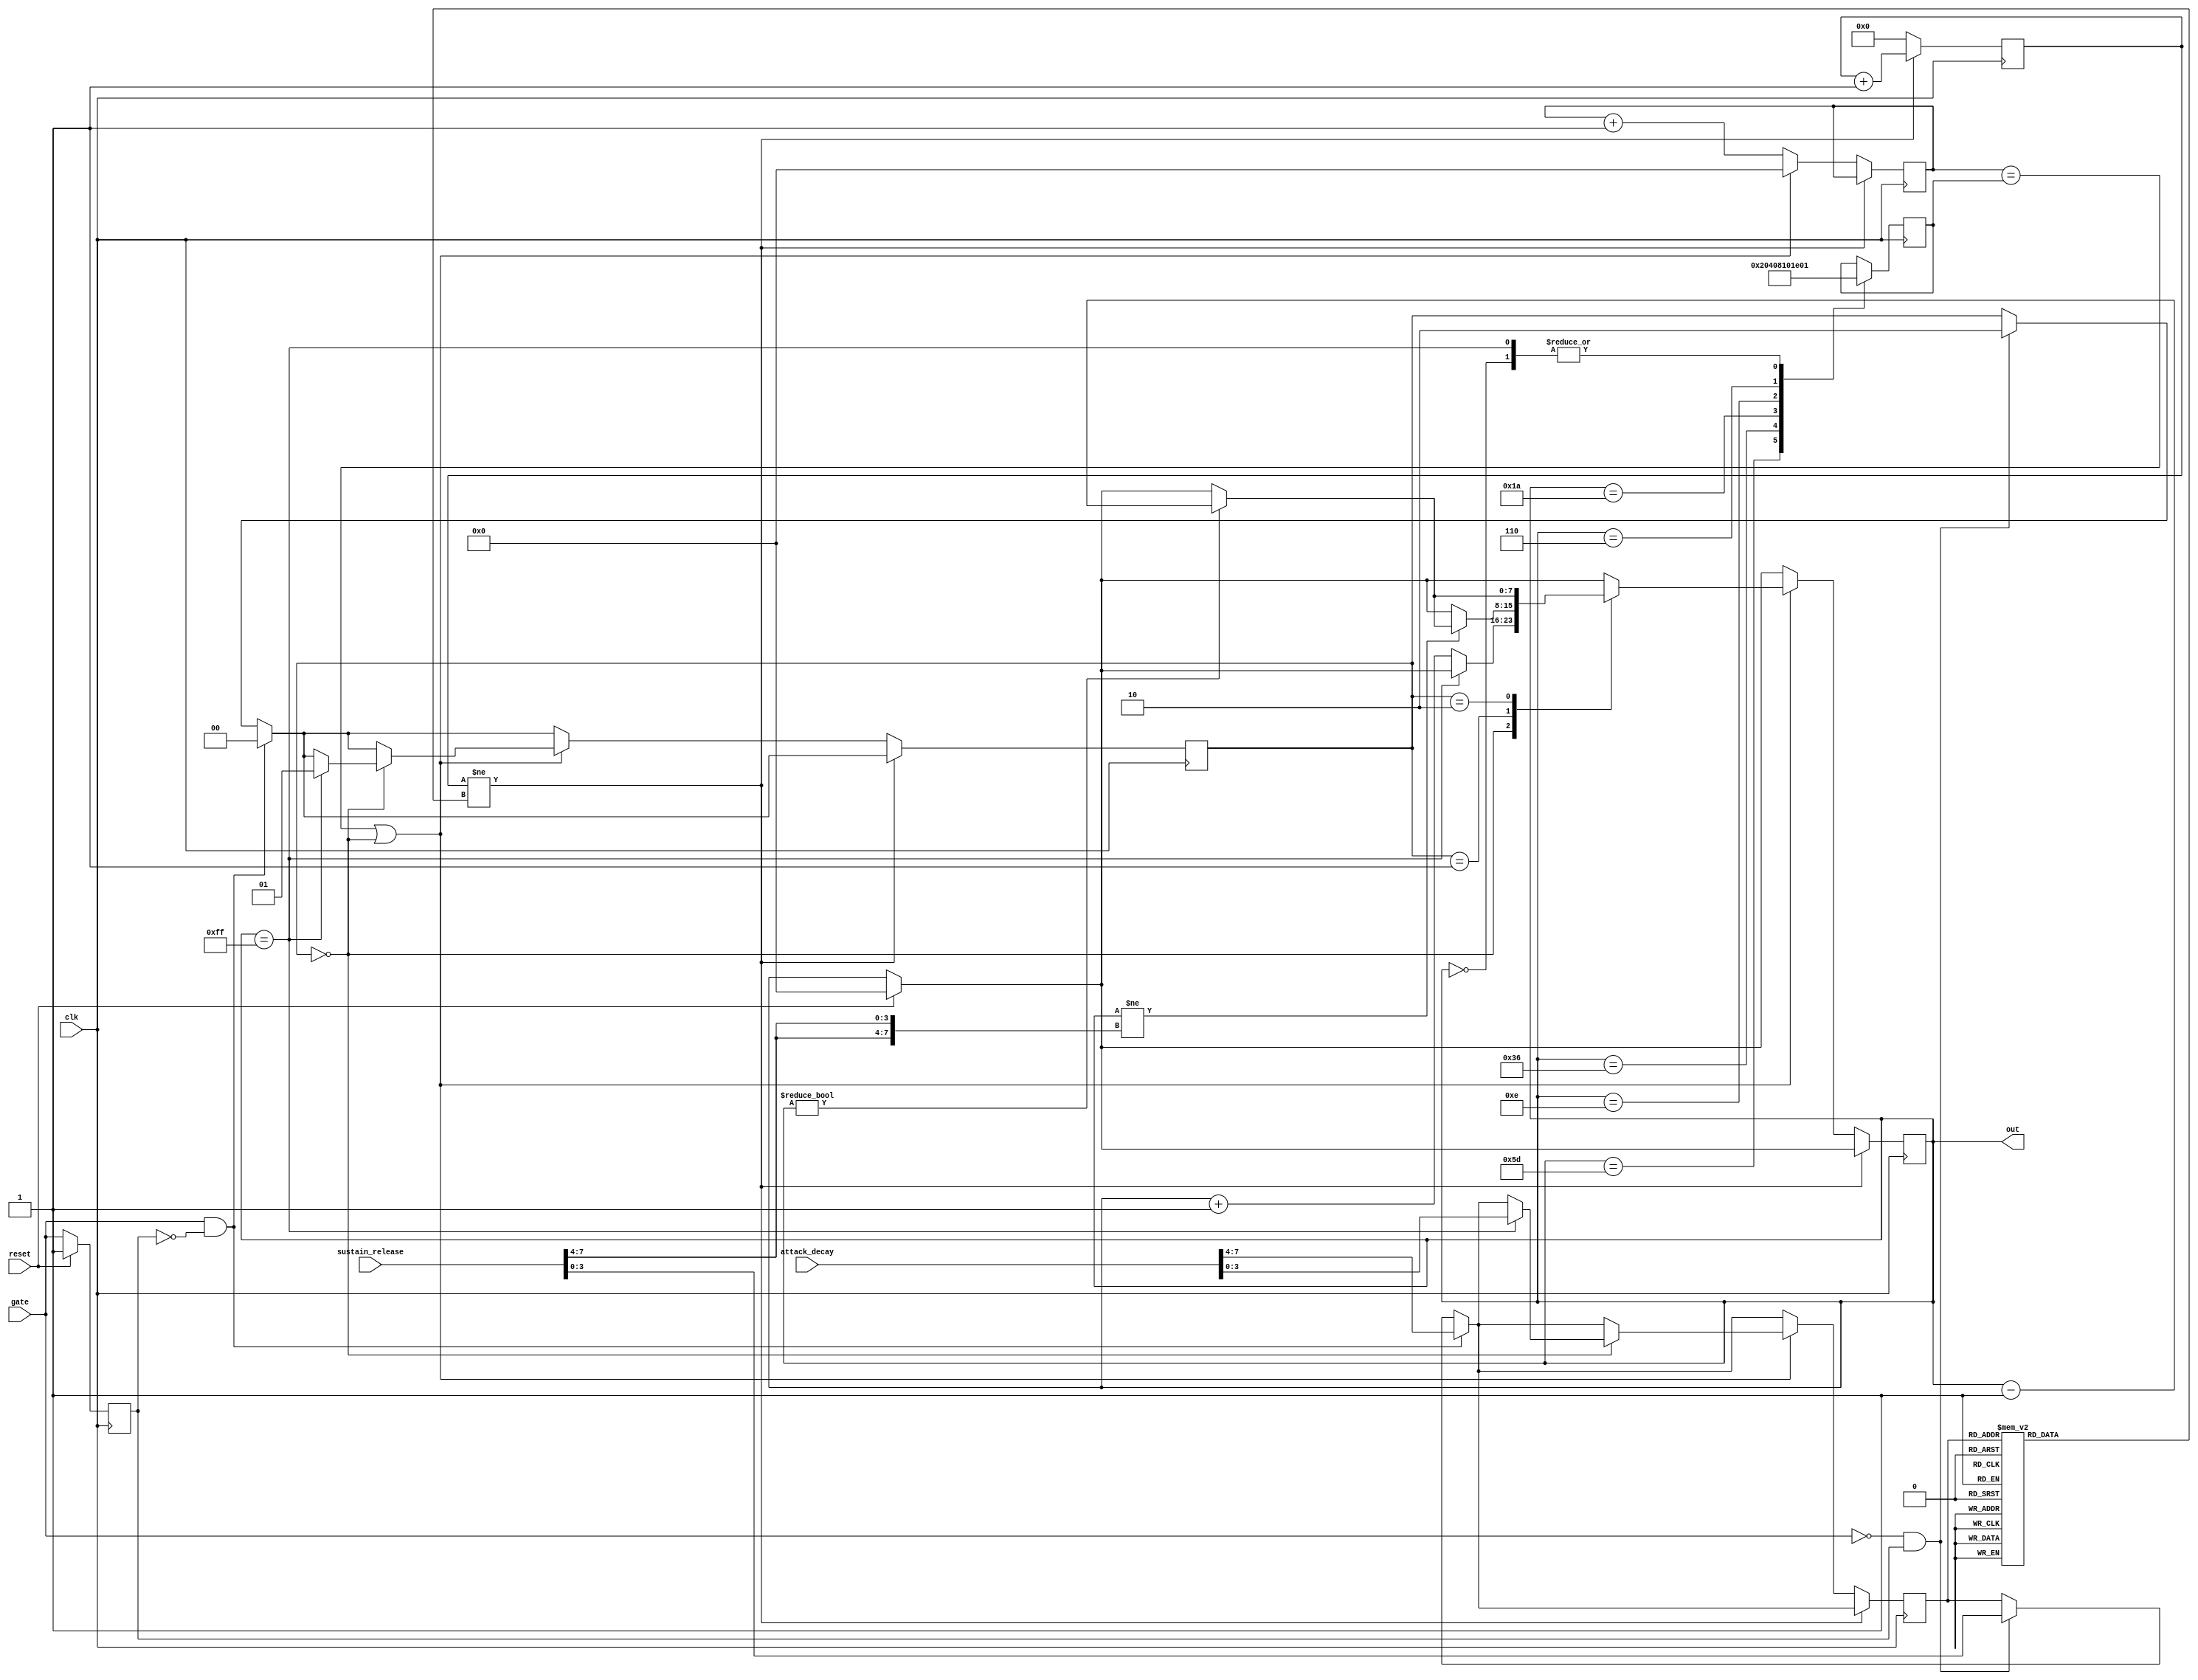
// Copyright 2022 Anders Lynge Esbensen. All rights reserved.
// Use of this source code is governed by a BSD-style
// license that can be found in the LICENSE file.


module sid_env (
           input clk,
           input reset,
           input[7:0] attack_decay,
           input[7:0] sustain_release,
           input gate,
           output[7:0] out
       );

reg[15:0] rate_counter;
reg[15:0] rate_period;
reg[7:0] exponential_counter;
reg[7:0] exponential_counter_period;
reg[7:0] envelope_counter;
reg[1:0] state;
reg[3:0] rate;
reg gate_last;

wire[3:0] attack_c  = attack_decay[7:4];
wire[3:0] decay_c   = attack_decay[3:0];
wire[3:0] sustain_c = sustain_release[7:4];
wire[3:0] release_c = sustain_release[3:0];

wire[7:0] sustain_level = {sustain_c,sustain_c};

localparam ATTACK           = 0;
localparam DECAY_SUSTAIN    = 1;
localparam RELEASE          = 2;

assign out = envelope_counter;

always @(*) begin
    case (rate)
        0 : rate_period <=      9;  //   2ms*1.0MHz/256 =     7.81
        1 : rate_period <=     32;  //   8ms*1.0MHz/256 =    31.25
        2 : rate_period <=     63;  //  16ms*1.0MHz/256 =    62.50
        3 : rate_period <=     95;  //  24ms*1.0MHz/256 =    93.75
        4 : rate_period <=    149;  //  38ms*1.0MHz/256 =   148.44
        5 : rate_period <=    220;  //  56ms*1.0MHz/256 =   218.75
        6 : rate_period <=    267;  //  68ms*1.0MHz/256 =   265.63
        7 : rate_period <=    313;  //  80ms*1.0MHz/256 =   312.50
        8 : rate_period <=    392;  // 100ms*1.0MHz/256 =   390.63
        9 : rate_period <=    977;  // 250ms*1.0MHz/256 =   976.56
        10 : rate_period <=   1954;  // 500ms*1.0MHz/256 =  1953.13
        11 : rate_period <=   3126;  // 800ms*1.0MHz/256 =  3125.00
        12: rate_period <=   3907;  //   1 s*1.0MHz/256 =  3906.25
        13 : rate_period <=  11720;  //   3 s*1.0MHz/256 = 11718.75
        14 : rate_period <=  19532;  //   5 s*1.0MHz/256 = 19531.25
        15 : rate_period <=  31251;   //   8 s*1.0MHz/256 = 31250.00
    endcase
end

always @(posedge clk ) begin
    if(reset)
    begin
        envelope_counter <= 0;
        gate_last <= 1;
        rate_counter <=0;
    end else
        gate_last <= gate;

    // Gate Control
    if (gate && !gate_last) begin
        state <= ATTACK;
        rate <= attack_c;
    end else if(!gate && gate_last) begin
        rate <= release_c;
        state <= RELEASE;
    end

    if(rate_counter != rate_period)
        rate_counter <= rate_counter + 1;
    else begin
        rate_counter <= 0;
        if((exponential_counter == exponential_counter_period) || (state == ATTACK)) begin
            exponential_counter <=0;
            case (state)
                ATTACK:
                begin
                    if(envelope_counter == 8'hff) begin
                        state <= DECAY_SUSTAIN;
                        rate  <= decay_c;
                    end else
                        envelope_counter <= envelope_counter + 1;
                end
                DECAY_SUSTAIN:
                begin
                    if(envelope_counter != sustain_level) begin
                        if(envelope_counter != 0)
                            envelope_counter <= envelope_counter - 1;
                    end
                end
                RELEASE:
                    if(envelope_counter != 0)
                        envelope_counter <= envelope_counter - 1;
            endcase
        end else
            exponential_counter <= exponential_counter + 1;
    end

    case (envelope_counter)
        8'hff: exponential_counter_period <=1;
        8'h5d: exponential_counter_period <=2;
        8'h36: exponential_counter_period <=4;
        8'h1a: exponential_counter_period <=8;
        8'h0e: exponential_counter_period <=16;
        8'h06: exponential_counter_period <=30;
        8'h00: exponential_counter_period <=1;
    default: ;

    endcase
end
endmodule